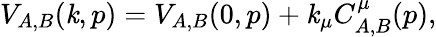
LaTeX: V_{A,B}(\mathit{k},p)=V_{A,B}(0,p)+\mathit{k}_{\mu}C_{A,B}^{\mu}(p),